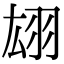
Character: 翃